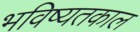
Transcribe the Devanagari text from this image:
भविष्यतकाल